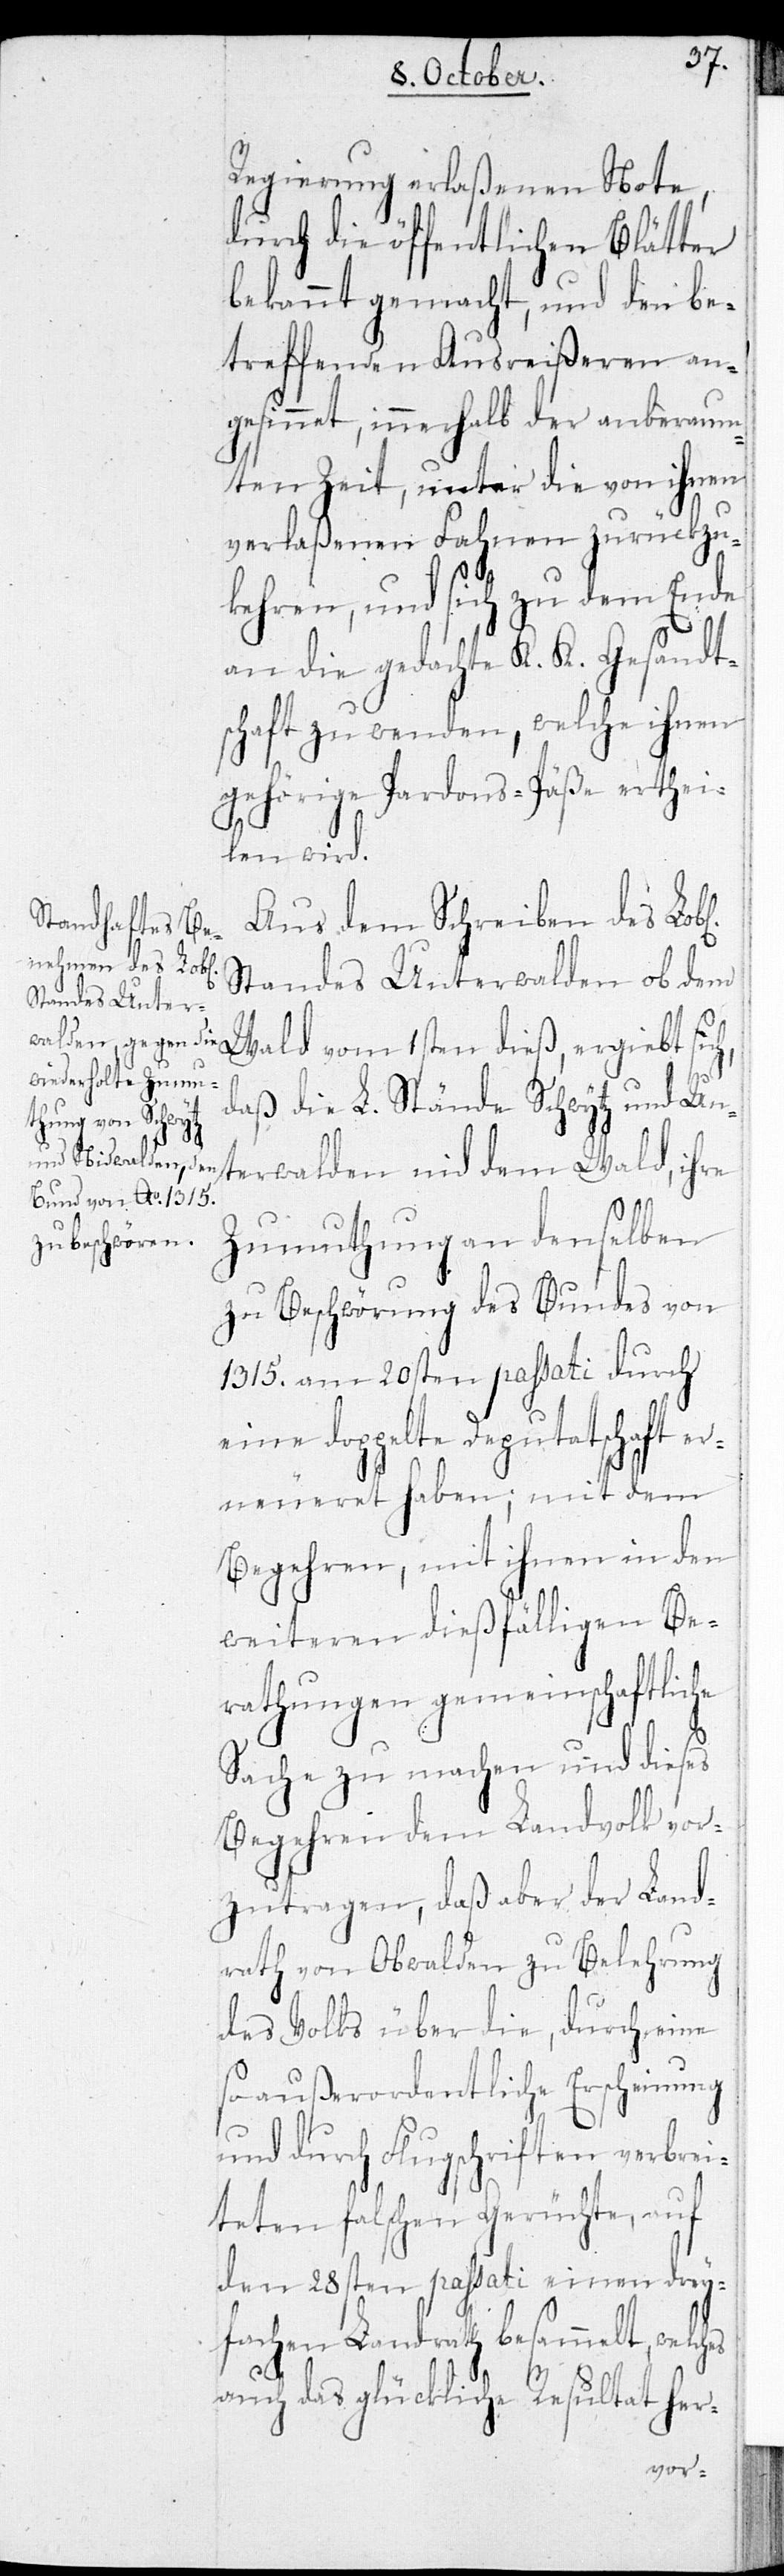
Regierung erlaßenen Note,
durch die öffentlichen Blätter
bekannt gemacht, und den be¬
treffenden Ausreißeren an¬
gesinnet, innerhalb der anberaum¬
ten Zeit, unter die von ihnen
verlaßenen Fahnen zurückzu¬
kehren, und sich zu dem Ende
an die gedachte K. K. Gesandt¬
schaft zu wenden, welche ihnen
gehörige Pardons-Päße erthei¬
len wird.
Aus dem Schreiben des Lobl.
Standes Unterwalden ob dem
Wald vom 1sten dieß, ergiebt
daß die L. Stände Schwytz und Unt¬
erwalden nid dem Wald, ihre
Zumuthung an denselben
zu Beschwörung des Bundes von
1315. am 20sten passati durch
eine doppelte Deputatschaft
erneueret haben; mit dem
Begehren, mit ihnen in den
weiteren dießfälligen Be¬
rathungen gemeinschaftliche
Sache zu machen und dieses
Begehren dem Landvolk vor¬
zutragen, daß aber der Land¬
rath von Obwalden zu Belehrung
des Volkes über die, durch eine
so außerordentliche Erscheinung
und durch Flugschriften verbrei¬
teten falschen Gerüchte, auf
den 28sten passati einen drey¬
fachen Landrath besammelt,
auch das glückliche Resultat her-